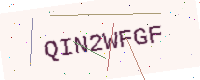
Text: QIN2WFGF